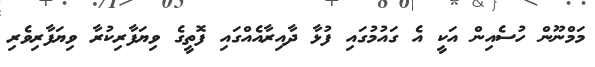
މަމްނޫން ހުސެއިން އަކީ އެ ގައުމުގައި ފުޅާ ދާއިރާއެއްގައި ފޮތީގެ ވިޔަފާރިކުރާ ވިޔަފާރިވެރި